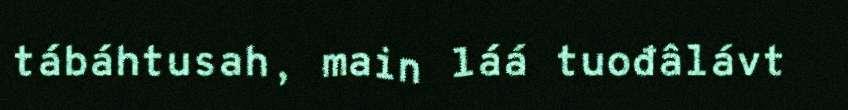
tábáhtusah, main láá tuođâlávt